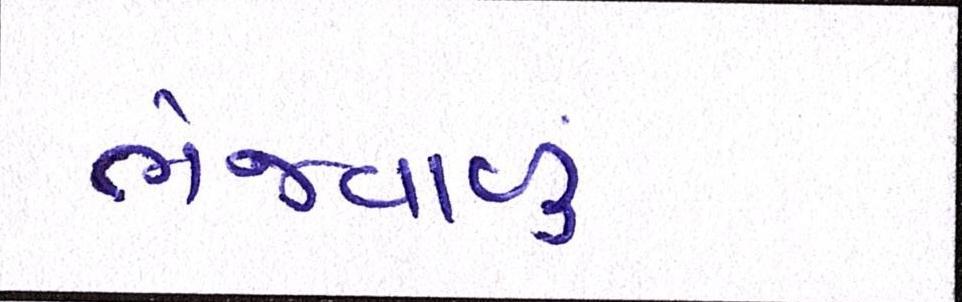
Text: ભેજવાળું